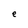
Character: e